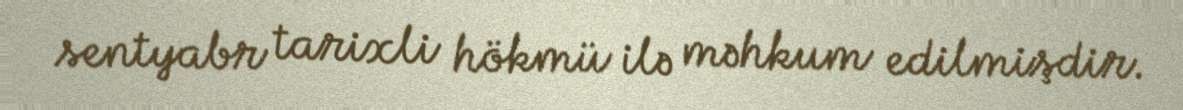
sentyabr tarixli hökmü ilə məhkum edilmişdir.